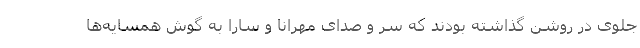
جلوی در روشن گذاشته بودند که سر و صدای مهرانا و سارا به گوش همسایه‌ها